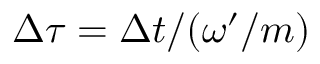
\Delta \tau = \Delta t / ( \omega ^ { \prime } / m )